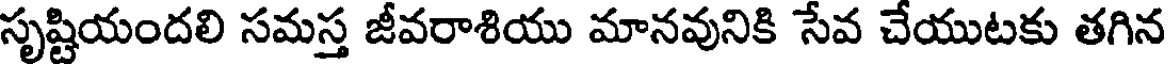
సృష్టియందలి సమస్త జీవరాశియు మానవునికి సేవ చేయుటకు తగిన